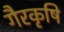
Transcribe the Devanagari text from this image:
गैरकृषि